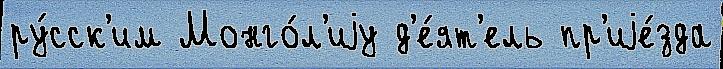
ру́сск'им Монго́л'иjу д'е́ят'ель пр'иjе́зда